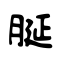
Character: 脠